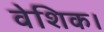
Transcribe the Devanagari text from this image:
वेशिक।